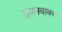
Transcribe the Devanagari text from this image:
सुजनवाक्य